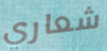
شعاري